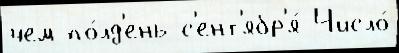
чем по́лд'ень с'ент'ябр'я́ Число́